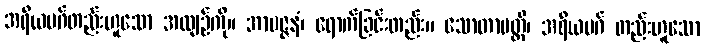
အရိယမဂ်တည်းဟူသော အလျဉ်ကို။ အာပဇ္ဇနံ၊ ရောက်ခြင်းတည်း။ သောတာပတ္တိ၊ အရိယမဂ် တည်းဟူသော